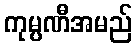
ကုမ္ပဏီအမည်